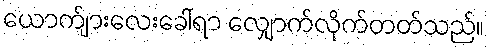
ယောက်ျားလေးခေါ်ရာ လျှောက်လိုက်တတ်သည်။